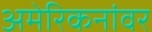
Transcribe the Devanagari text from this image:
अमेरिकनांवर